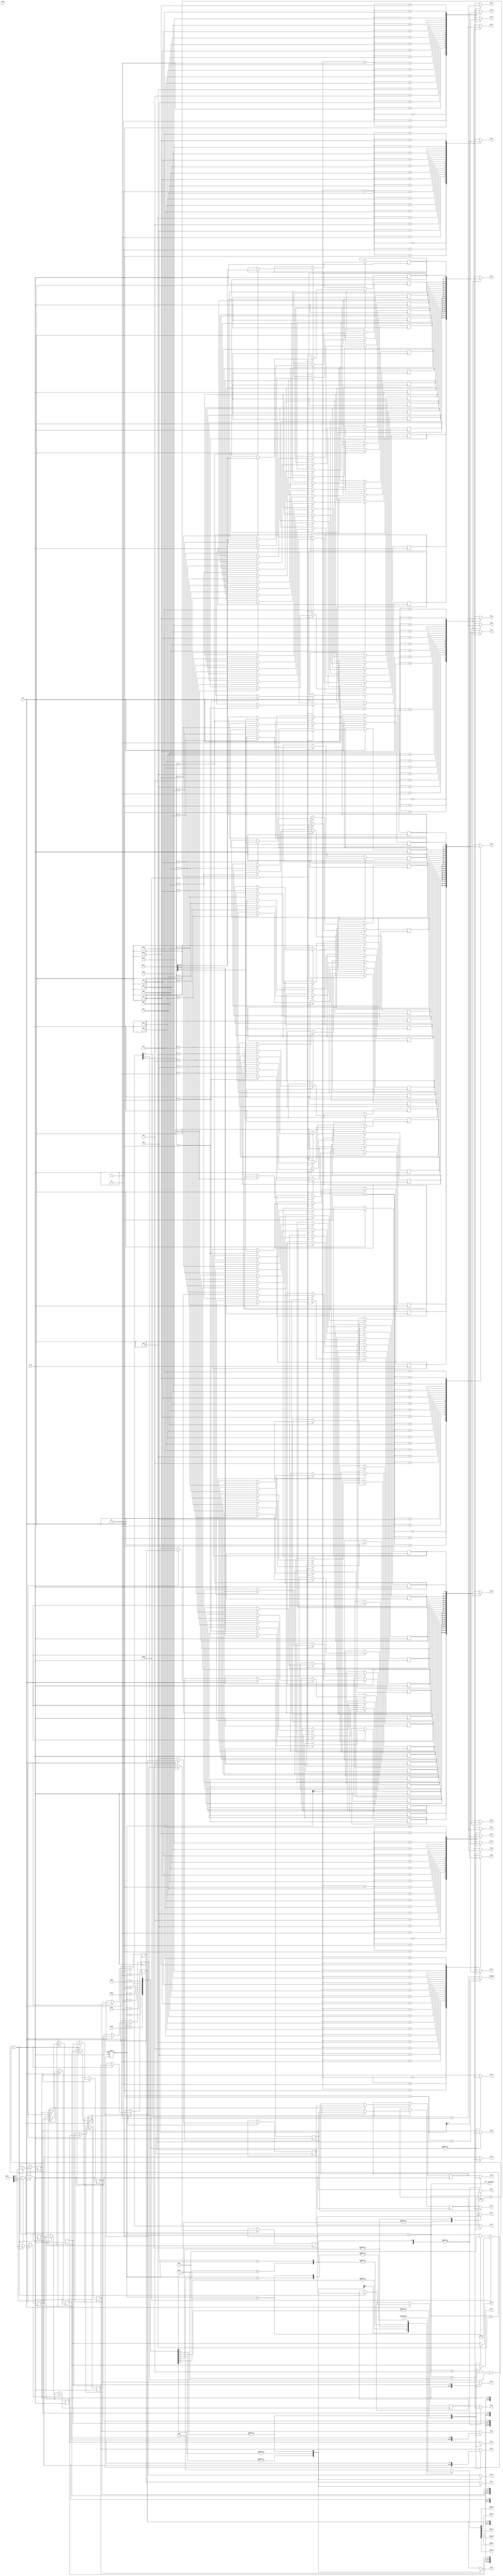
`ifndef InputLoader
`define InputLoader
module InputLoader (
    input        clk,
    input        rst,
    input        valid,/////////////////////////////////////////
    input        ready,
    input [31:0] Sin_i,
    input [31:0] Data,
    output [9:0] a1_0,
    output [9:0] a1_1,
    output [9:0] a1_2,
    output [9:0] a1_3,
    output [9:0] a1_4,
    output [9:0] a1_5,
    output [9:0] a2_0,
    output [9:0] a2_1,
    output [9:0] a2_2,
    output [9:0] a2_3,
    output [9:0] a2_4,
    output [9:0] a2_5,
    output [9:0] a3_0,
    output [9:0] a3_1,
    output [9:0] a3_2,
    output [9:0] a3_3,
    output [9:0] a3_4,
    output [9:0] a3_5, 
    output [9:0] b1_0,
    output [9:0] b1_1,
    output [9:0] b1_2,
    output [9:0] b1_3,
    output [9:0] b1_4,
    output [9:0] b1_5,
    output [9:0] b2_0,
    output [9:0] b2_1,
    output [9:0] b2_2,
    output [9:0] b2_3,
    output [9:0] b2_4,
    output [9:0] b2_5,
    output [9:0] b3_0,
    output [9:0] b3_1,
    output [9:0] b3_2,
    output [9:0] b3_3,
    output [9:0] b3_4,
    output [9:0] b3_5,
    output legal_0,
    output legal_1,
    output legal_2,
    output legal_3,
    output legal_4,
    output legal_5, 
    output [4:0] i_YStatus,//to get addr for reading next b1b2b3 input.
    output [5:0] next_datanumber);

reg [9:0] b1 [0:5];
reg [9:0] b2 [0:5];
reg [9:0] b3 [0:5];
reg [9:0] a1 [0:19];
reg [9:0] a2 [0:19];
reg [9:0] a3 [0:19];
//======================
reg [5:0] legal;      // fake regs
reg [9:0] b1_w [0:5]; //
reg [9:0] b2_w [0:5]; //
reg [9:0] b3_w [0:5]; //
//======================
wire [4:0] XStatus [0:5]; //indexes for a1 a2 a3
reg  [5:0] current_datanumber;
wire [5:0] temp_datanumber;//next_datanumber+1

assign a1_0 = a1[XStatus[0]];
assign a1_1 = a1[XStatus[1]];
assign a1_2 = a1[XStatus[2]];
assign a1_3 = a1[XStatus[3]];
assign a1_4 = a1[XStatus[4]];
assign a1_5 = a1[XStatus[5]];
assign a2_0 = a2[XStatus[0]];
assign a2_1 = a2[XStatus[1]];
assign a2_2 = a2[XStatus[2]];
assign a2_3 = a2[XStatus[3]];
assign a2_4 = a2[XStatus[4]];
assign a2_5 = a2[XStatus[5]];
assign a3_0 = a3[XStatus[0]];
assign a3_1 = a3[XStatus[1]];
assign a3_2 = a3[XStatus[2]];
assign a3_3 = a3[XStatus[3]];
assign a3_4 = a3[XStatus[4]];
assign a3_5 = a3[XStatus[5]];
assign b1_0 = b1_w[0];
assign b1_1 = b1_w[1];
assign b1_2 = b1_w[2];
assign b1_3 = b1_w[3];
assign b1_4 = b1_w[4];
assign b1_5 = b1_w[5];
assign b2_0 = b2_w[0];
assign b2_1 = b2_w[1];
assign b2_2 = b2_w[2];
assign b2_3 = b2_w[3];
assign b2_4 = b2_w[4];
assign b2_5 = b2_w[5];
assign b3_0 = b3_w[0];
assign b3_1 = b3_w[1];
assign b3_2 = b3_w[2];
assign b3_3 = b3_w[3];
assign b3_4 = b3_w[4];
assign b3_5 = b3_w[5];
assign legal_0 = legal[0];
assign legal_1 = legal[1];
assign legal_2 = legal[2];
assign legal_3 = legal[3];
assign legal_4 = legal[4];
assign legal_5 = legal[5];
assign next_datanumber = current_datanumber+1'b1;
assign temp_datanumber = current_datanumber+2'd2;

assign XStatus[0] = current_datanumber[5:1]-2'd2; 
assign XStatus[1] = current_datanumber[5:1]-1'd1;
assign XStatus[2] = current_datanumber[5:1];
assign XStatus[3] = current_datanumber[5:1]+1'd1;
assign XStatus[4] = current_datanumber[5:1]+2'd2;
assign XStatus[5] = current_datanumber[5:1]+2'd3;
assign i_YStatus = (temp_datanumber < 3'd6) ? (temp_datanumber[4:0]) : (next_datanumber[5:1]+2'd3);

always @(*) begin //for assigning legal. let dc optimize
    case(current_datanumber)
        6'd0,6'd38: legal <= {3'b0,1'b1,2'b0};
        6'd1,6'd37: legal <= {2'b0,2'b11,2'b0};
        6'd2,6'd36: legal <= {2'b0,3'b111,1'b0};
        6'd3,6'd35: legal <= {1'b0,4'b1111,1'b0};
        6'd4,6'd34: legal <= {1'b0,5'b11111};
        6'd63,6'd39:legal <= 6'd0;
        default: legal <= 6'b111111;
    endcase
end

always @(*) begin //for assigning b123_w. let dc optimize
    case(current_datanumber)
    6'd0,6'd38: begin
        b1_w[0] <= 10'bx;  b1_w[1] <= 10'bx;  b1_w[2] <= b1[0];
        b1_w[3] <= 10'bx;  b1_w[4] <= 10'bx;  b1_w[5] <= 10'bx;
        b2_w[0] <= 10'bx;  b2_w[1] <= 10'bx;  b2_w[2] <= b2[0];
        b2_w[3] <= 10'bx;  b2_w[4] <= 10'bx;  b2_w[5] <= 10'bx;
        b3_w[0] <= 10'bx;  b3_w[1] <= 10'bx;  b3_w[2] <= b3[0];
        b3_w[3] <= 10'bx;  b3_w[4] <= 10'bx;  b3_w[5] <= 10'bx;
    end
    6'd1,6'd37: begin
        b1_w[0] <= 10'bx;  b1_w[1] <= 10'bx;  b1_w[2] <= b1[0];
        b1_w[3] <= b1[1];  b1_w[4] <= 10'bx;  b1_w[5] <= 10'bx;
        b2_w[0] <= 10'bx;  b2_w[1] <= 10'bx;  b2_w[2] <= b2[0];
        b2_w[3] <= b2[1];  b2_w[4] <= 10'bx;  b2_w[5] <= 10'bx;
        b3_w[0] <= 10'bx;  b3_w[1] <= 10'bx;  b3_w[2] <= b3[0];
        b3_w[3] <= b3[1];  b3_w[4] <= 10'bx;  b3_w[5] <= 10'bx;
    end
    6'd2,6'd36: begin
        b1_w[0] <= 10'bx;  b1_w[1] <= b1[0];  b1_w[2] <= b1[1];
        b1_w[3] <= b1[2];  b1_w[4] <= 10'bx;  b1_w[5] <= 10'bx;
        b2_w[0] <= 10'bx;  b2_w[1] <= b2[0];  b2_w[2] <= b2[1];
        b2_w[3] <= b2[2];  b2_w[4] <= 10'bx;  b2_w[5] <= 10'bx;
        b3_w[0] <= 10'bx;  b3_w[1] <= b3[0];  b3_w[2] <= b3[1];
        b3_w[3] <= b3[2];  b3_w[4] <= 10'bx;  b3_w[5] <= 10'bx;      
    end
    6'd3,6'd35: begin
        b1_w[0] <= 10'bx;  b1_w[1] <= b1[0];  b1_w[2] <= b1[1];
        b1_w[3] <= b1[2];  b1_w[4] <= b1[3];  b1_w[5] <= 10'bx;
        b2_w[0] <= 10'bx;  b2_w[1] <= b2[0];  b2_w[2] <= b2[1];
        b2_w[3] <= b2[2];  b2_w[4] <= b1[3];  b2_w[5] <= 10'bx;
        b3_w[0] <= 10'bx;  b3_w[1] <= b3[0];  b3_w[2] <= b3[1];
        b3_w[3] <= b3[2];  b3_w[4] <= b1[3];  b3_w[5] <= 10'bx;       
    end
    6'd4,6'd34: begin
        b1_w[0] <= b1[0];  b1_w[1] <= b1[1];  b1_w[2] <= b1[2];
        b1_w[3] <= b1[3];  b1_w[4] <= b1[4];  b1_w[5] <= 10'bx;
        b2_w[0] <= b2[0];  b2_w[1] <= b2[1];  b2_w[2] <= b2[2];
        b2_w[3] <= b2[3];  b2_w[4] <= b2[4];  b2_w[5] <= 10'bx;
        b3_w[0] <= b3[0];  b3_w[1] <= b3[1];  b3_w[2] <= b3[2];
        b3_w[3] <= b3[3];  b3_w[4] <= b3[4];  b3_w[5] <= 10'bx;             
    end
    default:begin
        b1_w[0] <= b1[0];  b1_w[1] <= b1[1];  b1_w[2] <= b1[2];
        b1_w[3] <= b1[3];  b1_w[4] <= b1[4];  b1_w[5] <= b1[5];
        b2_w[0] <= b2[0];  b2_w[1] <= b2[1];  b2_w[2] <= b2[2];
        b2_w[3] <= b2[3];  b2_w[4] <= b2[4];  b2_w[5] <= b2[5];
        b3_w[0] <= b3[0];  b3_w[1] <= b3[1];  b3_w[2] <= b3[2];
        b3_w[3] <= b3[3];  b3_w[4] <= b3[4];  b3_w[5] <= b3[5];        
    end
    endcase
end

always @ (posedge clk or negedge rst) begin
    if(!rst) begin
        current_datanumber <= 6'd62;//62 = -2 ///////////////////////////////
    end else begin
        if(ready) begin
            current_datanumber <= 6'd62;//62 = -2
        end else begin
            current_datanumber <= current_datanumber==6'd39 ? 6'd39 : (current_datanumber+1'b1);
        end
        if(next_datanumber < 6'd20 & (~ready)) begin
            a1[next_datanumber] <= Sin_i[29:20];
            a2[next_datanumber] <= Sin_i[19:10];
            a3[next_datanumber] <= Sin_i[9:0];
        end
        if((next_datanumber < 6'd6)|(next_datanumber > 6'd5 & next_datanumber < 6'd34 & (next_datanumber[0]))) begin //b1b2b3 contained by shift regs
            b1[5] <= b1[4];
            b1[4] <= b1[3];
            b1[3] <= b1[2];
            b1[2] <= b1[1];
            b1[1] <= b1[0];
            b1[0] <= Data[29:20];
            b2[5] <= b2[4];
            b2[4] <= b2[3];
            b2[3] <= b2[2];
            b2[2] <= b2[1];
            b2[1] <= b2[0];
            b2[0] <= Data[19:10];
            b3[5] <= b3[4];
            b3[4] <= b3[3];
            b3[3] <= b3[2];
            b3[2] <= b3[1];
            b3[1] <= b3[0];
            b3[0] <= Data[9:0];
        end

    end
end
endmodule
`endif